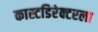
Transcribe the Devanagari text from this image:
कास्टडिरेक्टरला